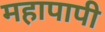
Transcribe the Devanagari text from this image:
महापापी